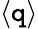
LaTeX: \langle\mathtt{q}\rangle